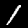
Label: 1